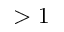
> 1